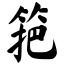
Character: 筢